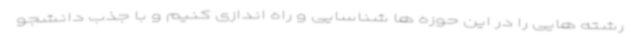
رشته هایی را در این حوزه ها شناسایی و راه اندازی کنیم و با جذب دانشجو